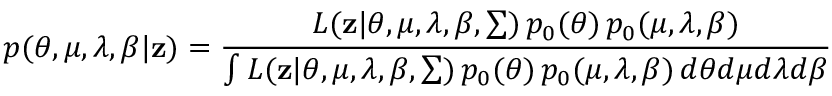
p ( \theta , \mu , \lambda , \beta | \mathbf { z } ) = \frac { L ( \mathbf { z } | \theta , \mu , \lambda , \boldsymbol { \beta } , \sum ) \, p _ { 0 } ( \theta ) \, p _ { 0 } ( \mu , \lambda , \boldsymbol { \beta } ) } { \int L ( \mathbf { z } | \theta , \mu , \lambda , \boldsymbol { \beta } , \sum ) \, p _ { 0 } ( \theta ) \, p _ { 0 } ( \mu , \lambda , \boldsymbol { \beta } ) \, d \theta d \mu d \lambda d \beta }